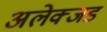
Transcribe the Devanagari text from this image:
अलेक्जड